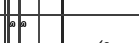
٢٤